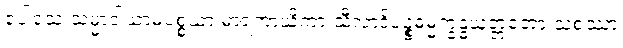
ပေါသေ သမ္မာဝါယာမပစ္စယာ မာရကာယိကာ သီလာဒိပဉ္စဓမ္မက္ခန္ဓယုတ္တတော သစဿာ